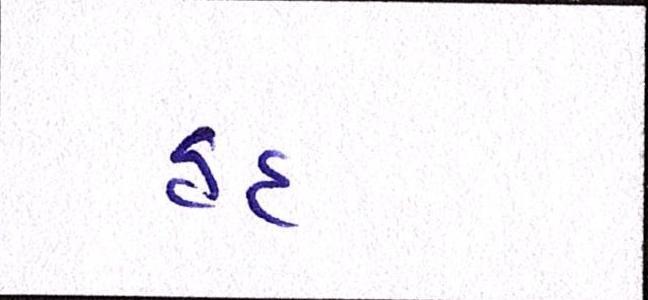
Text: હદ